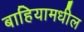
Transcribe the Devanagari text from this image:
बाहियामधील